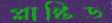
প্লাষ্টিড